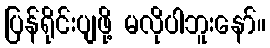
ပြန်ရိုင်းပျဖို့ မလိုပါဘူးနော်။